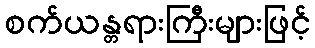
စက်ယန္တရားကြီးများဖြင့်